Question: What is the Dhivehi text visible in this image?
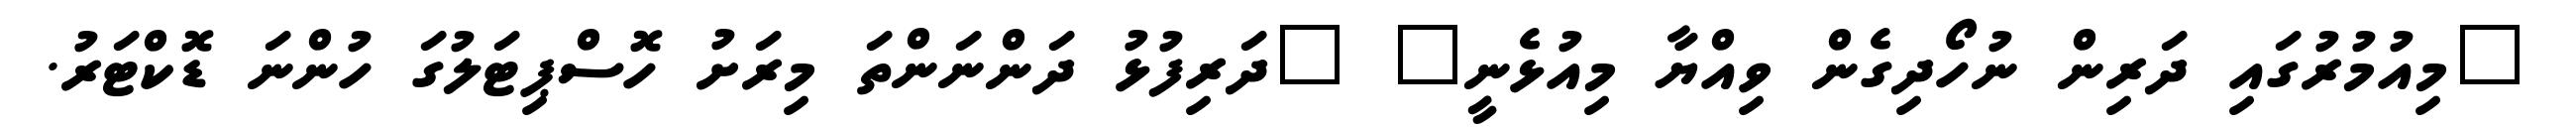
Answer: "މިއުމުރުގައި ދަރިން ނުހޯދިގެން ވިއްޔާ މިއުޅެނީ" "ދަރިފުޅު ދަންނަންތަ މިރަށު ހޮސްޕިޓަލުގަ ހުންނަ ޑޮކްޓަރު.